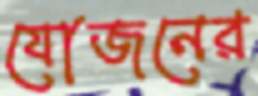
যোজনের